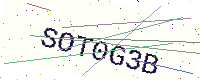
Text: SOT0G3B